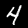
Digit: 4